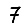
Digit: 7